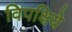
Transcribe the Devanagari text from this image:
विपक्षिये